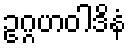
ဥဂ္ဂဟဝါဒိနံ